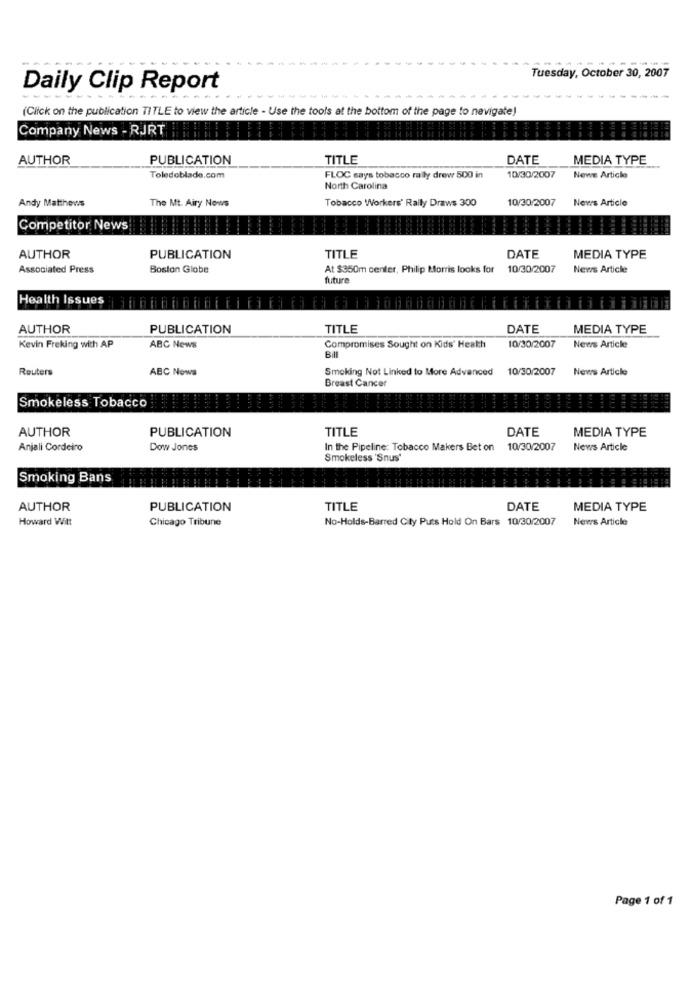
---
Tuesday, October 30, 2007
Daily Clip Report
(Click on the publication TITLE to view the article - Use the tools at the bottom of the page to navigate)
Company News - RJRT
AUTHOR
PUBLICATION
TITLE
DATE
MEDIA TYPE
Toledoblade.com
FLOC says tobacco rally drew 500 in
10/30/2007
Newe Article
North Carolina
The Mt. Airy Nows
10/30/2007
News Article
Andy Matthews
Tobacco Workers' Rally Draws 300
Competitor News
DATE
AUTHOR
PUBLICATION
TITLE
MEDIA TYPE
Associated Press
Boston Globe
At $350m center, Philip Morris looks for
10/30/2007
News Article
future
Health Issues
AUTHOR
PUBLICATION
TITLE
DATE
MEDIA TYPE
10/30/2007
Kevin Freking with AP
ABC News
Compromises Sought on Kids' Health
Bill
News Article
Reuters
ABC Nowa
Smoking Not Linked to More Advanced
10/30/2007
News Article
Breast Cancer
Smokeless Tobacco
AUTHOR
TITLE
DATE
MEDIA TYPE
PUBLICATION
Anjali Cordeiro
Dow Jones
In the Pipeline: Tobacco Makers Bet on
10/30/2007
News Article
Smokeless 'Snus'
Smoking Bans
AUTHOR
PUBLICATION
TITLE
DATE
MEDIA TYPE
Howard Witt
Chicago Tribune
No-Holds-Barred City Puts Hold On Bars 10/30/2007
News Article
Page 1 of 1